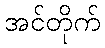
အင်တိုက်